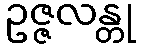
ဥဇ္ဇလန္တု